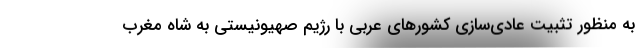
به منظور تثبیت عادی‌سازی‌ کشورهای عربی با رژیم صهیونیستی به شاه مغرب